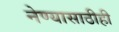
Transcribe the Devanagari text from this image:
नेण्यासाठीही